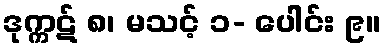
ဒုက္ကဋ် ၈၊ မသင့် ၁- ပေါင်း ၉။